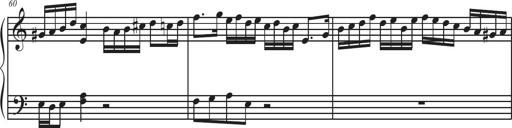
Title: Sonatina Espania
Composer: Jerald Franklin Archer
Key: Various